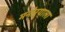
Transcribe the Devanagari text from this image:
मनोऱ्याला